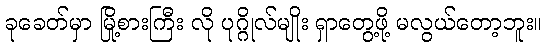
ခုခေတ်မှာ မြို့စားကြီး လို ပုဂ္ဂိုလ်မျိုး ရှာတွေ့ဖို့ မလွယ်တော့ဘူး။